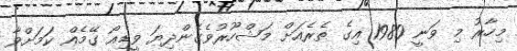
މިހާރު މި ވަނީ 1980 އިގެ ތެރެއަށް މަޝްހޫރުވެގެންދިޔަ ވީޑިއޯ ގޭމެއް ކަމަށްވާ